Vaccine operations Central Provinces 1900-1911 - 1900-1911
Year: 1900
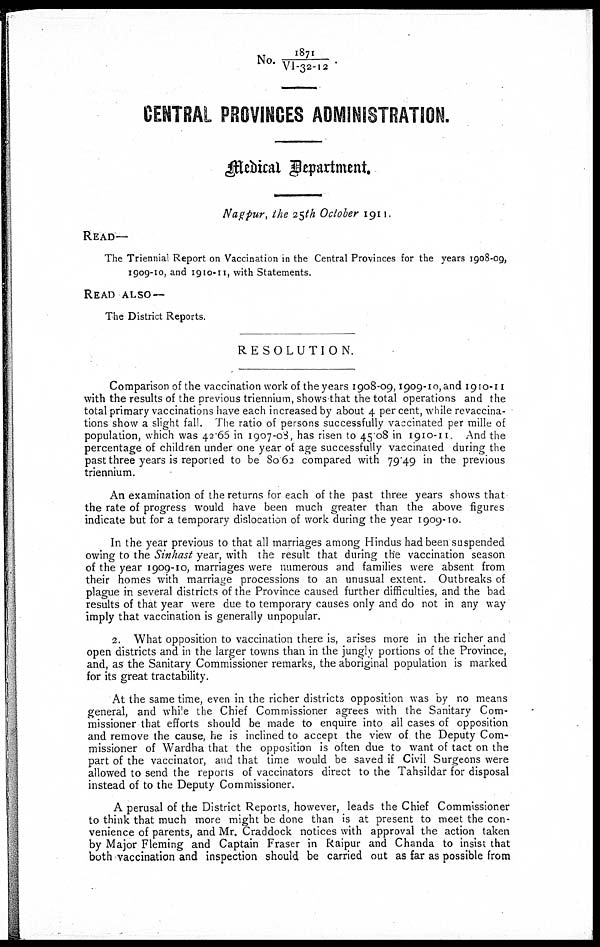
No. 1871/VI-32-12
CENTRAL PROVINCES ADMINISTRATION.
Medical Department.
Nagpur, the 25th October 1911.
READ—
The Triennial Report on Vaccination in the Central Provinces for the years 1908-09,
1909-10, and 1910-11, with Statements.
READ ALSO—
The District Reports.
RESOLUTION.
Comparison of the vaccination work of the years 1908-09, 1909-10, and 1910-11
with the results of the previous triennium, shows that the total operations and the
total primary vaccinations have each increased by about 4 per cent, while revaccina¬-
tions show a slight fall. The ratio of persons successfully vaccinated per mille of
population, which was 42.66 in 1907-08, has risen to 45.08 in 1910-11 And the
percentage of children under one year of age successfully vaccinated during the
past three years is reported to be 80.62 compared with 79.49 in the previous
triennium.
An examination of the returns for each of the past three years shows that
the rate of progress would have been much greater than the above figures
indicate but for a temporary dislocation of work during the year 1909-10.
In the year previous to that all marriages among Hindus had been suspended
owing to the Sinhast year, with the result that during the vaccination season
of the year 1909-10, marriages were numerous and families were absent from
their homes with marriage processions to an unusual extent. Outbreaks of
plague in several districts of the Province caused further difficulties, and the bad
results of that year were due to temporary causes only and do not in any way
imply that vaccination is generally unpopular.
2. What opposition to vaccination there is, arises more in the richer and
open districts and in the larger towns than in the jungly portions of the Province,
and, as the Sanitary Commissioner remarks, the aboriginal population is marked
for its great tractability.
At the same time, even in the richer districts opposition was by no means
general, and while the Chief Commissioner agrees with the Sanitary Com-
missioner that efforts should be made to enquire into all cases of opposition
and remove the cause, he is inclined to accept the view of the Deputy Com-
missioner of Wardha that the opposition is often due to want of tact on the
part of the vaccinator, and that time would be saved if Civil Surgeons were
allowed to send the reports of vaccinators direct to the Tahsildar for disposal
instead of to the Deputy Commissioner.
A perusal of the District Reports, however, leads the Chief Commissioner
to think that much more might be done than is at present to meet the con-
venience of parents, and Mr. Craddock notices with approval the action taken
by Major Fleming and Captain Fraser in Raipur and Chanda to insist that
both vaccination and inspection should be carried out as far as possible from